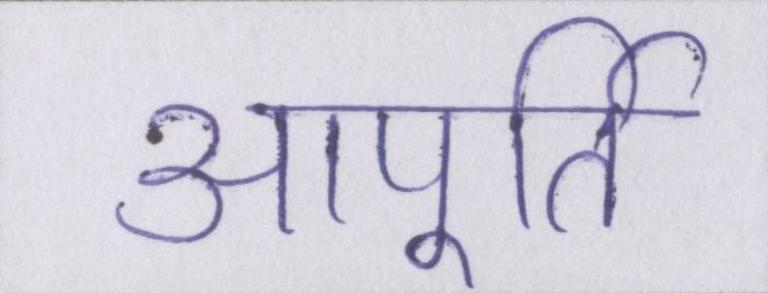
आपूर्ति